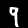
Label: 9